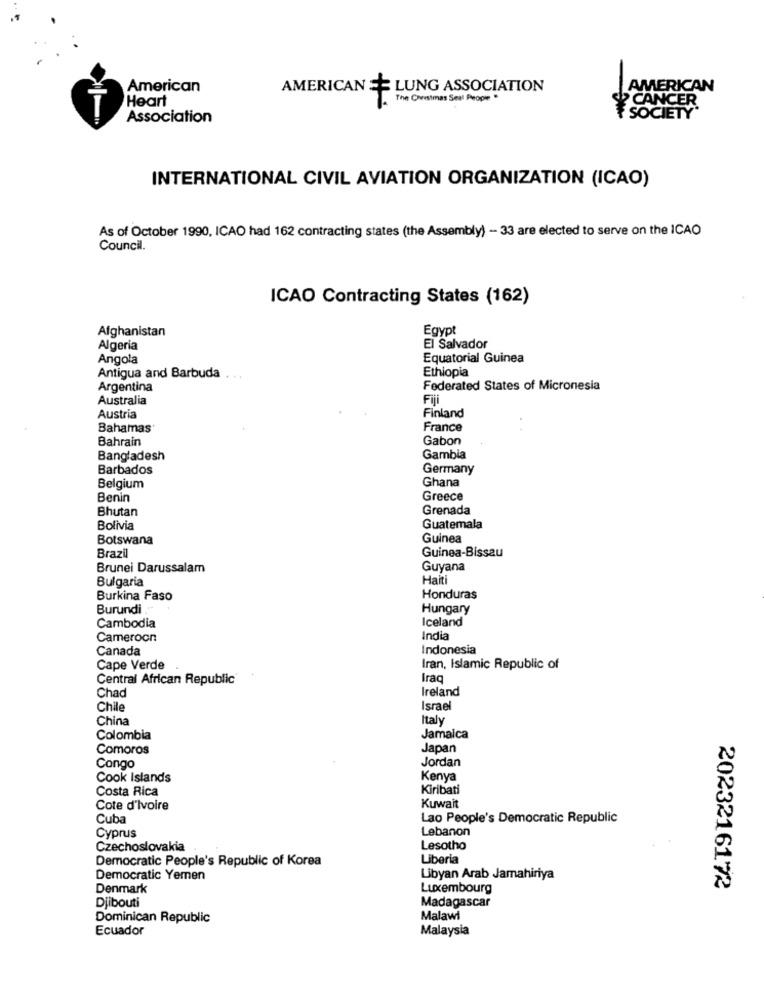
American
AMERICAN == LUNG ASSOCIATION
AMERICAN
Heart
The Christmas Seal Propie .
CANCER
Association
SOCIETY
INTERNATIONAL CIVIL AVIATION ORGANIZATION (ICAO)
As of October 1990, ICAO had 162 contracting states (the Assembly) - 33 are elected to serve on the ICAO
Council.
ICAO Contracting States (162)
Afghanistan
Egypt
Algeria
El Salvador
Angola
Equatorial Guinea
Ethiopia
Antigua and Barbuda
Argentina
Federated States of Micronesia
Australia
Fiji
Austria
Finland
Bahamas
France
Bahrain
Gabon
Bangladesh
Gambia
Barbados
Germany
Ghana
Belgium
Benin
Greece
Bhutan
Grenada
Bolivia
Guatemala
Botswana
Guinea
Brazil
Guinea-Bissau
Brunei Darussalam
Guyana
Bulgaria
Haiti
Burkina Faso
Honduras
Burundi
Hungary
Iceland
Cambodia
Cameroon
India
Canada
Indonesia
Cape Verde
Iran, Islamic Republic of
Central African Republic
Irao
Chad
Ireland
Chile
Israel
China
Italy
Colombia
Jamaica
Comoros
Japan
Jordan
Congo
Cook Islands
Kenya
Costa Rica
Kiribati
Cote d'ivoire
Kuwait
Cuba
Lao People's Democratic Republic
Lebanon
Cyprus
Czechoslovakia
Lesotho
Democratic People's Republic of Korea
Liberia
Democratic Yemen
Libyan Arab Jamahiriya
Denmark
Luxembourg
2023216172
Djibouti
Madagascar
Dominican Republic
Malawi
Ecuador
Malaysia